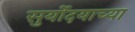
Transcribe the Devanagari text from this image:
सुर्योदयाच्या